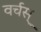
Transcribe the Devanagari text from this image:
वर्चस्